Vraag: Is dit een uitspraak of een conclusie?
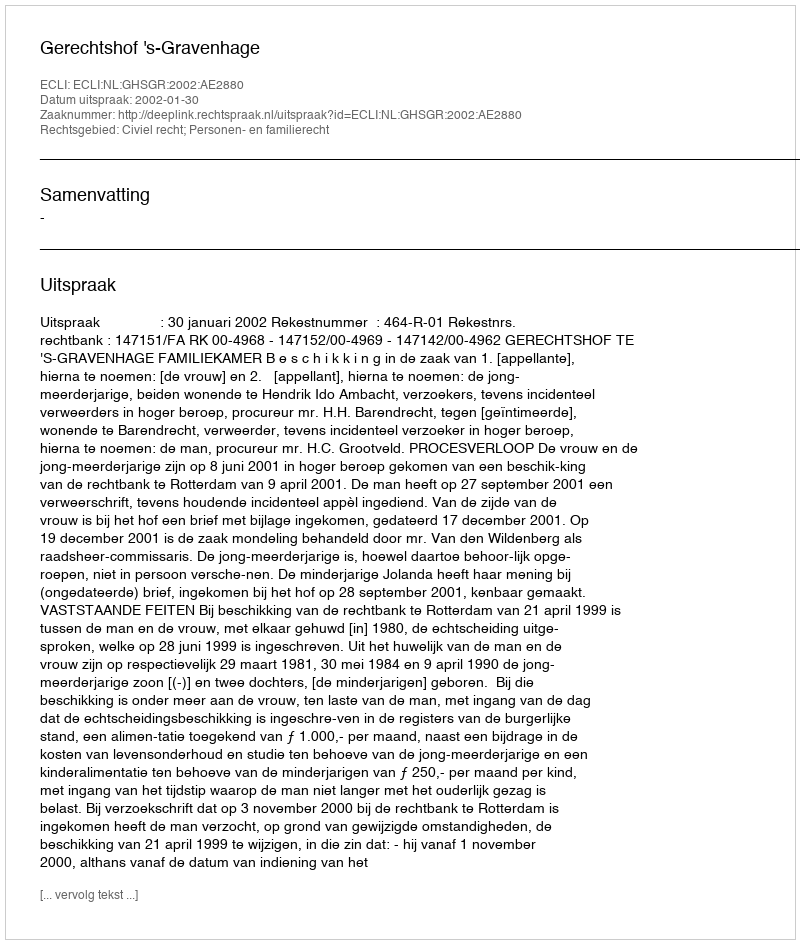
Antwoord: Uitspraak